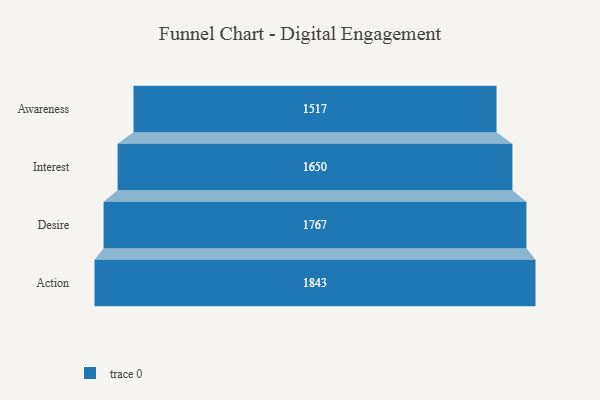
{"axis": {"x": "Stage", "y": "Value"}, "legend": [""], "data": [{"x": "Awareness", "y": 1517.0, "type": ""}, {"x": "Interest", "y": 1650.0, "type": ""}, {"x": "Desire", "y": 1767.0, "type": ""}, {"x": "Action", "y": 1843.0, "type": ""}]}